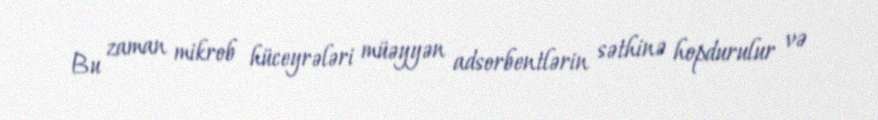
Bu zaman mikrob hüceyrələri müəyyən adsorbentlərin səthinə hopdurulur və